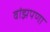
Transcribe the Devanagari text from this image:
वांझपणा